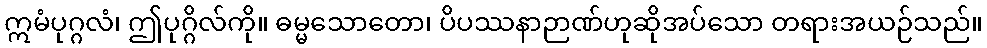
ဣမံပုဂ္ဂလံ၊ ဤပုဂ္ဂိလ်ကို။ ဓမ္မသောတော၊ ပိပဿနာဉာဏ်ဟုဆိုအပ်သော တရားအယဉ်သည်။